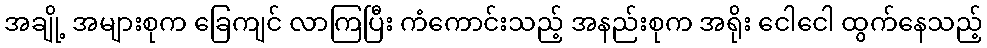
အချို့ အများစုက ခြေကျင် လာကြပြီး ကံကောင်းသည့် အနည်းစုက အရိုး ငေါငေါ ထွက်နေသည့်